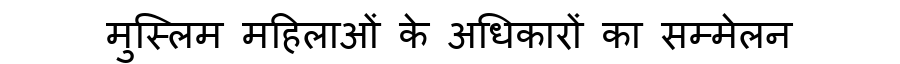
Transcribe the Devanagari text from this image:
मुस्लिम महिलाओं के अधिकारों का सम्मेलन